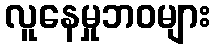
လူနေမှုဘဝများ